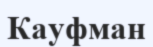
Кауфман